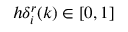
h \delta _ { i } ^ { r } ( k ) \in [ 0 , 1 ]